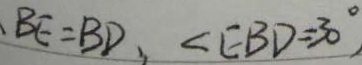
B E = B D , \angle E B D = 3 0 ^ { \circ }